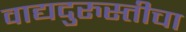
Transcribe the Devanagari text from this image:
वाद्यदुरुस्तीचा